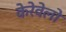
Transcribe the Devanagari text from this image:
केरेवेलो